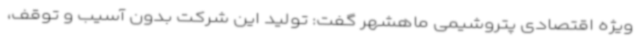
ویژه اقتصادی پتروشیمی ماهشهر گفت: تولید این شرکت بدون آسیب و توقف،